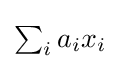
{\textstyle \sum _{i}a_{i}x_{i}}